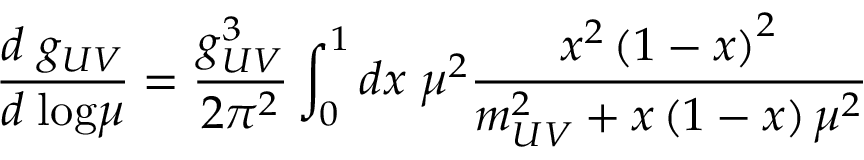
\frac { d \; g _ { U V } } { d \; \mathrm { l o g } \mu } = \frac { g _ { U V } ^ { 3 } } { 2 \pi ^ { 2 } } \int _ { 0 } ^ { 1 } d x \; \mu ^ { 2 } \frac { x ^ { 2 } \left( 1 - x \right) ^ { 2 } } { m _ { U V } ^ { 2 } + x \left( 1 - x \right) \mu ^ { 2 } }